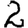
Digit: 2